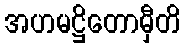
အဟမဋ္ဌိတောမှီတိ